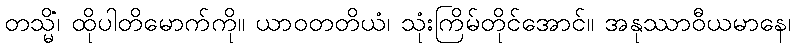
တသ္မိံ၊ ထိုပါတိမောက်ကို။ ယာဝတတိယံ၊ သုံးကြိမ်တိုင်အောင်။ အနုဿာဝီယမာနေ၊